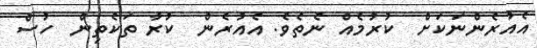
އެއުރެންނަކަށް  ކުރުމެއް ނެތެވެ. އެއުރެން  ކުރާ ތަކެތިން  ހުސް